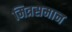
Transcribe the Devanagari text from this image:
मित्रसमान